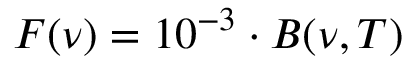
F ( \nu ) = 1 0 ^ { - 3 } \cdot B ( \nu , T )